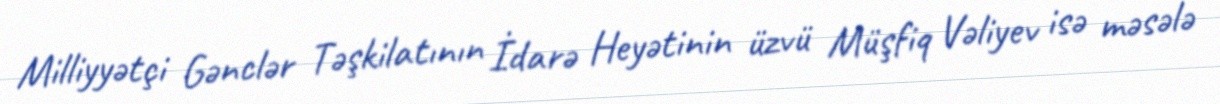
Milliyyətçi Gənclər Təşkilatının İdarə Heyətinin üzvü Müşfiq Vəliyev isə məsələ